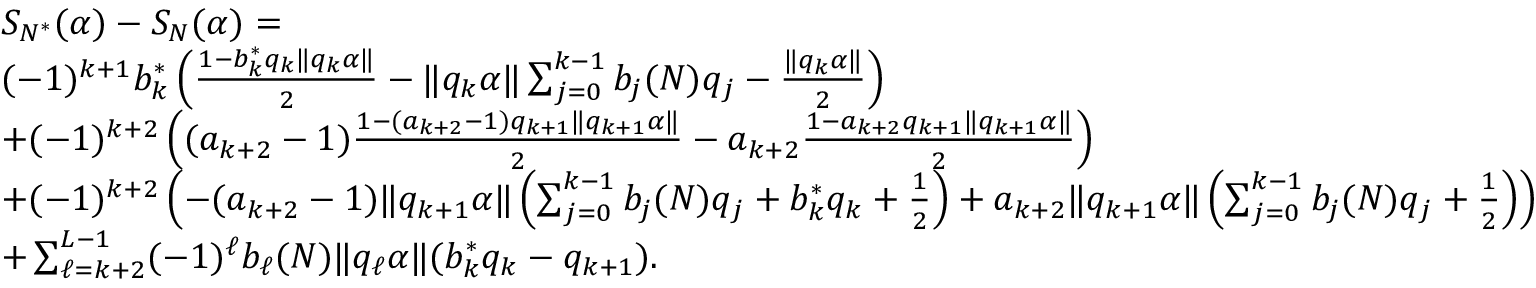
\begin{array} { r l } & { S _ { N ^ { * } } ( \alpha ) - S _ { N } ( \alpha ) = } \\ & { ( - 1 ) ^ { k + 1 } b _ { k } ^ { * } \left( \frac { 1 - b _ { k } ^ { * } q _ { k } \| q _ { k } \alpha \| } { 2 } - \| q _ { k } \alpha \| \sum _ { j = 0 } ^ { k - 1 } b _ { j } ( N ) q _ { j } - \frac { \| q _ { k } \alpha \| } { 2 } \right) } \\ & { + ( - 1 ) ^ { k + 2 } \left( ( a _ { k + 2 } - 1 ) \frac { 1 - ( a _ { k + 2 } - 1 ) q _ { k + 1 } \| q _ { k + 1 } \alpha \| } { 2 } - a _ { k + 2 } \frac { 1 - a _ { k + 2 } q _ { k + 1 } \| q _ { k + 1 } \alpha \| } { 2 } \right) } \\ & { + ( - 1 ) ^ { k + 2 } \left( - ( a _ { k + 2 } - 1 ) \| q _ { k + 1 } \alpha \| \left( \sum _ { j = 0 } ^ { k - 1 } b _ { j } ( N ) q _ { j } + b _ { k } ^ { * } q _ { k } + \frac { 1 } { 2 } \right) + a _ { k + 2 } \| q _ { k + 1 } \alpha \| \left( \sum _ { j = 0 } ^ { k - 1 } b _ { j } ( N ) q _ { j } + \frac { 1 } { 2 } \right) \right) } \\ & { + \sum _ { \ell = k + 2 } ^ { L - 1 } ( - 1 ) ^ { \ell } b _ { \ell } ( N ) \| q _ { \ell } \alpha \| ( b _ { k } ^ { * } q _ { k } - q _ { k + 1 } ) . } \end{array}